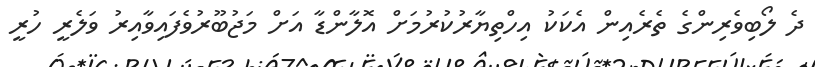
ދެ ލޯބިވެރިންގެ ތެރެއިން އެކަކު އިހްތިޔާރުކުރުމަށް އޮލާންޑާ އަށް މަޖުބޫރުވެފައިވާއިރު ވަލެރީ ހުރީ